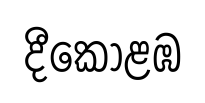
දීකොළඹ